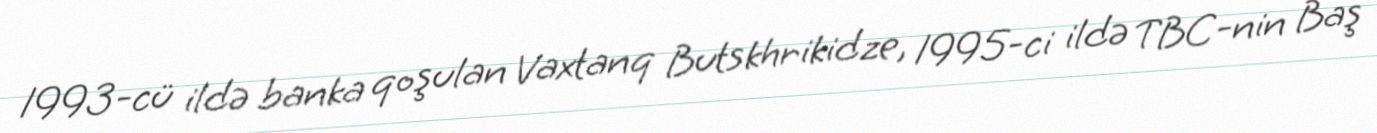
1993-cü ildə banka qoşulan Vaxtanq Butskhrikidze, 1995-ci ildə TBC-nin Baş